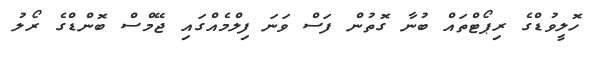
ހޮލީވުޑްގެ ރިޕޯޓްތައް ބުނާ ގޮތުން ފަސް ވަނަ ފިލްމެއްގައި ޖޭމްސް ބޮންޑްގެ ރޯލު